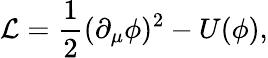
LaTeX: {\cal{L}}=\frac{1}{2}(\partial_{\mu}\phi)^{2}-U(\phi),